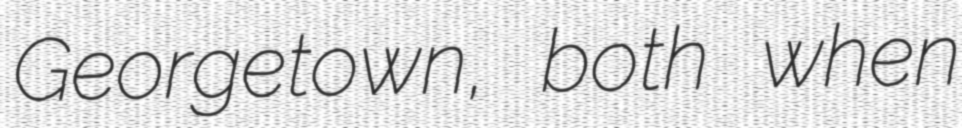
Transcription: Georgetown, both when